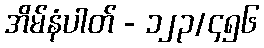
အိမ်နံပါတ် - ၁၂၃/၄၅၆